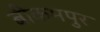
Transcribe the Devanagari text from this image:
बीकमपुर